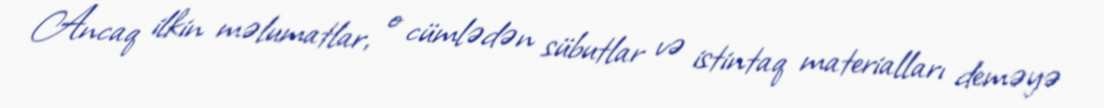
Ancaq ilkin məlumatlar, o cümlədən sübutlar və istintaq materialları deməyə